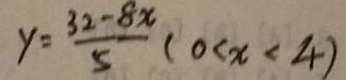
y = \frac { 3 2 - 8 x } { 5 } ( 0 < x < 4 )